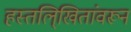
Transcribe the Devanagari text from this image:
हस्तलि्खितांवरून